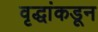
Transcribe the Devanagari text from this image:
वृद्धांकडून